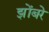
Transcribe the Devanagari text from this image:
झोंबरे